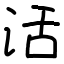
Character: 活